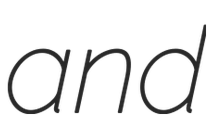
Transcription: and